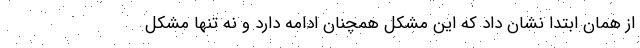
از همان ابتدا نشان داد که این مشکل همچنان ادامه دارد و نه تنها مشکل